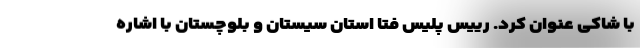
با شاکی عنوان کرد. رییس پلیس فتا استان سیستان و بلوچستان با اشاره